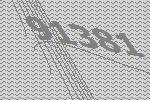
91381